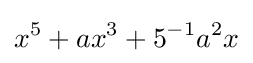
x^{5}+ax^{3}+5^{-1}a^{2}x